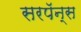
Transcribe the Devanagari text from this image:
सरपॅन्स